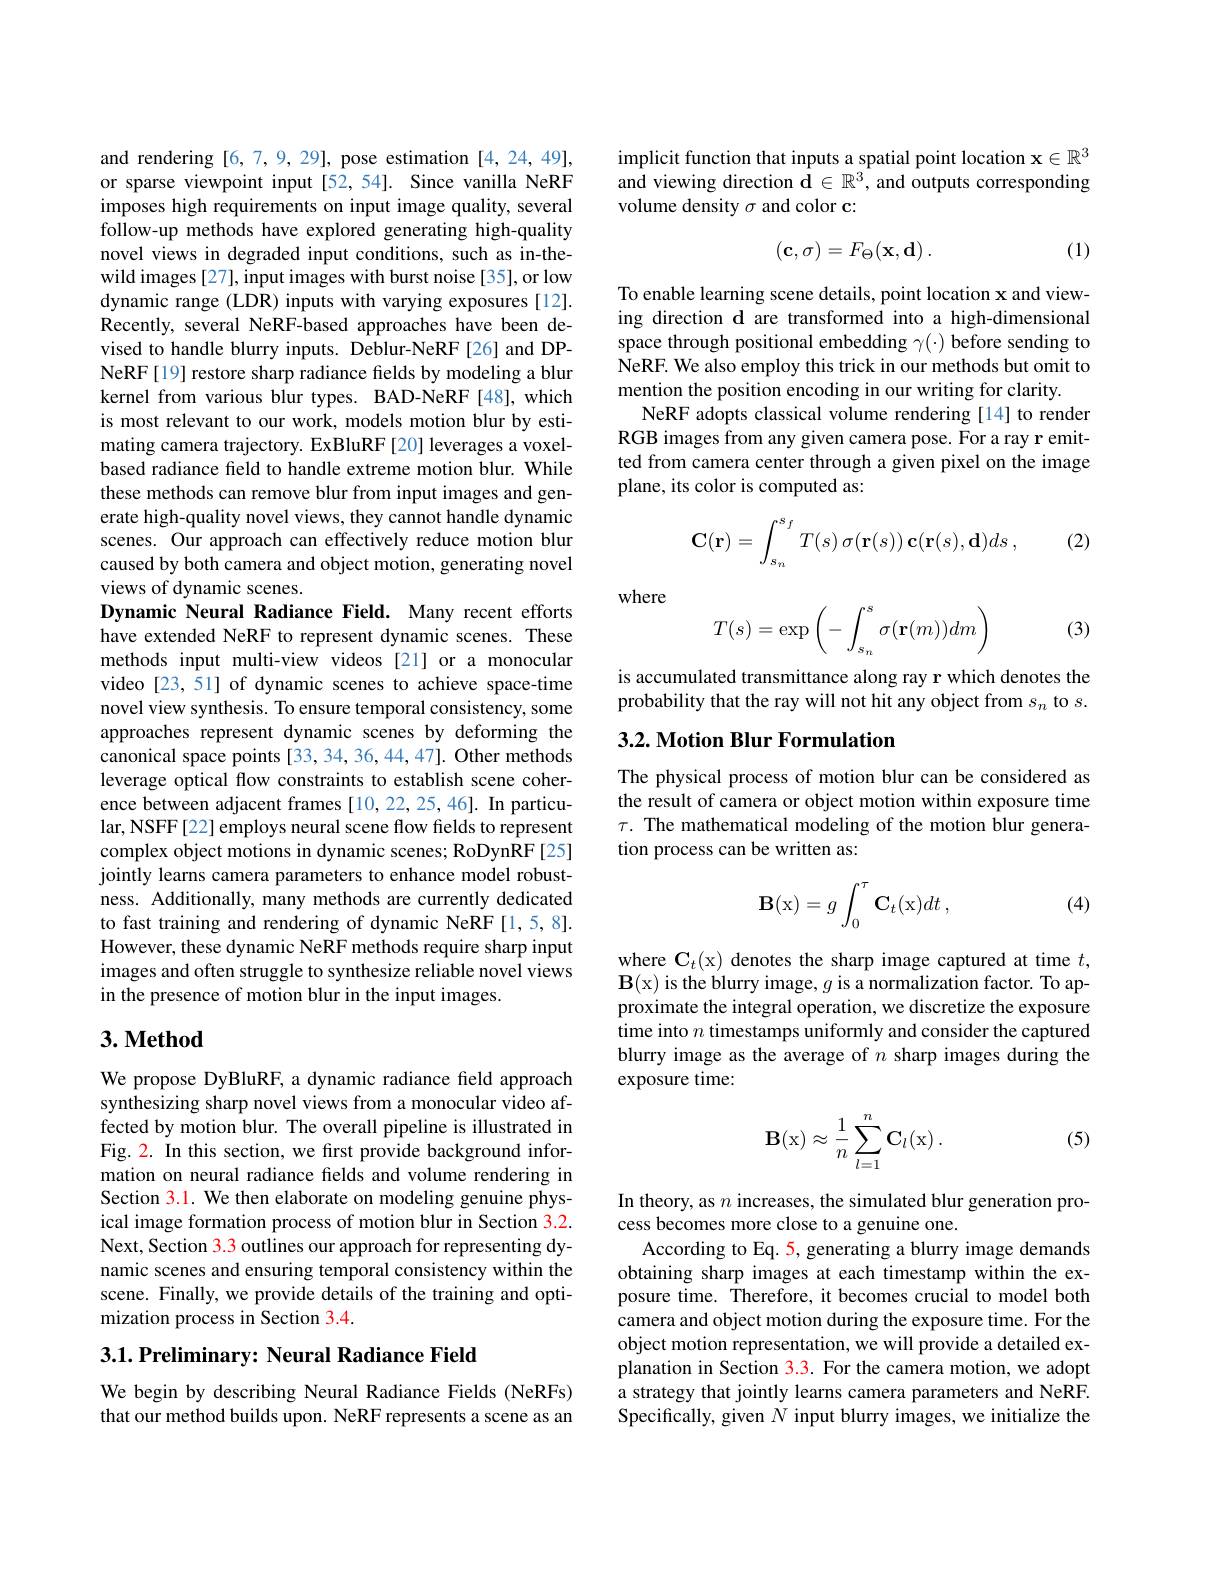
and rendering [6,7,9,29], pose estimation [4,24,49], or sparse viewpoint input[52,54]. Since vanilla NeRF imposes high requirements on input image quality, several follow-up methods have explored generating high-quality novel views in degraded input conditions, such as in-thewild images [27], input images with burst noise [35], or low dynamic range (LDR) inputs with varying exposures [12]. Recently, several NeRF-based approaches have been devised to handle blurry inputs. Deblur-NeRF[26] and DPNeRF[19] restore sharp radiance fields by modeling a blur kernel from various blur types. BAD-NeRF[48], which is most relevant to our work, models motion blur by estimating camera trajectory. ExBluRF [20] leverages a voxelbased radiance field to handle extreme motion blur. While these methods can remove blur from input images and generate high-quality novel views, they cannot handle dynamic scenes. Our approach can effectively reduce motion blur caused by both camera and object motion, generating novel views of dynamic scenes.
Dynamic Neural Radiance Field. Many recent efforts have extended NeRF to represent dynamic scenes. These methods input multi-view videos [21] or a monocular video [23,51] of dynamic scenes to achieve space-time novel view synthesis. To ensure temporal consistency, some approaches represent dynamic scenes by deforming the canonical space points [33, 34, 36, 44, 47]. Other methods leverage optical flow constraints to establish scene coherence between adjacent frames [10,22,25,46]. In particular, NSFF[22] employs neural scene flow fields to represent complex object motions in dynamic scenes; RoDynRF[25] jointly learns camera parameters to enhance model robustness. Additionally, many methods are currently dedicated to fast training and rendering of dynamic NeRF [1,5,8]. However, these dynamic NeRF methods require sharp input images and often struggle to synthesize reliable novel views in the presence of motion blur in the input images.
$3. \textbf{Method}$

We propose DyBluRF, a dynamic radiance field approach synthesizing sharp novel views from a monocular video affected by motion blur. The overall pipeline is illustrated in Fig. 2. In this section, we first provide background information on neural radiance fields and volume rendering in Section 3.1. We then elaborate on modeling genuine physical image formation process of motion blur in Section 3.2. Next, Section 3.3 outlines our approach for representing dynamic scenes and ensuring temporal consistency within the scene. Finally, we provide details of the training and optimization process in Section 3.4.

## $3. 1. \textbf{Preliminary: Neural Radiance Field}$

We begin by describing Neural Radiance Fields (NeRFs) that our method builds upon. NeRF represents a scene as an

implicit function that inputs a spatial point location $\mathbf{x}\in\mathbb{R}^3$ and viewing direction $\hat{\mathbf{d}}\in\mathbb{R}^3$,and outputs corresponding volume density $\sigma$ and color c:

(1)
$$(\mathbf{c},\sigma)=F_{\Theta}(\mathbf{x},\mathbf{d})\:.$$
To enable learning scene details, point location x and viewing direction d are transformed into a high-dimensional space through positional embedding $\gamma(\cdot)$ before sending to NeRF. We also employ this trick in our methods but omit to mention the position encoding in our writing for clarity.
NeRF adopts classical volume rendering [14] to render RGB images from any given camera pose. For a ray r emitted from camera center through a given pixel on the image plane, its color is computed as:

(2)
$$\mathbf C(\mathbf r)=\int_{s_n}^{s_f}T(s)\:\sigma(\mathbf r(s))\:\mathbf c(\mathbf r(s),\mathbf d)ds\:,$$
where

(3)
$$T(s)=\exp\left(-\int_{s_n}^s\sigma(\mathbf{r}(m))dm\right)$$
is accumulated transmittance along ray r which denotes the probability that the ray will not hit any object from $s_n$ to $s.$

## 3.2. Motion Blur Formulation

The physical process of motion blur can be considered as the result of camera or object motion within exposure time $\tau.$ The mathematical modeling of the motion blur generation process can be written as:
$$\mathbf B(\mathrm x)=g\int_0^\tau\mathbf C_t(\mathrm x)dt\:,$$
(4)

where $\mathbf{C}_t($x) denotes the sharp image captured at time $t$, $\mathbf{B}($x) is the blurry image, $g$ is a normalization factor. To approximate the integral operation, we discretize the exposure time into $n$ timestamps uniformly and consider the captured blurry image as the average of $n$ sharp images during the exposure time:

(5)
$$\mathbf B(\mathrm x)\approx\dfrac{1}{n}\sum_{l=1}^n\mathbf C_l(\mathrm x)\:.$$
In theory, as $n$ increases, the simulated blur generation pro-
cess becomes more close to a genuine one.
According to Eq. 5, generating a blurry image demands obtaining sharp images at each timestamp within the exposure time. Therefore, it becomes crucial to model both camera and object motion during the exposure time. For the object motion representation, we will provide a detailed explanation in Section $\color{red}{3.3.}$ For the camera motion, we adopt a strategy that jointly learns camera parameters and NeRF. Specifically, given $N$ input blurry images, we initialize the